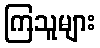
ကြသူများ